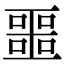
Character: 噩